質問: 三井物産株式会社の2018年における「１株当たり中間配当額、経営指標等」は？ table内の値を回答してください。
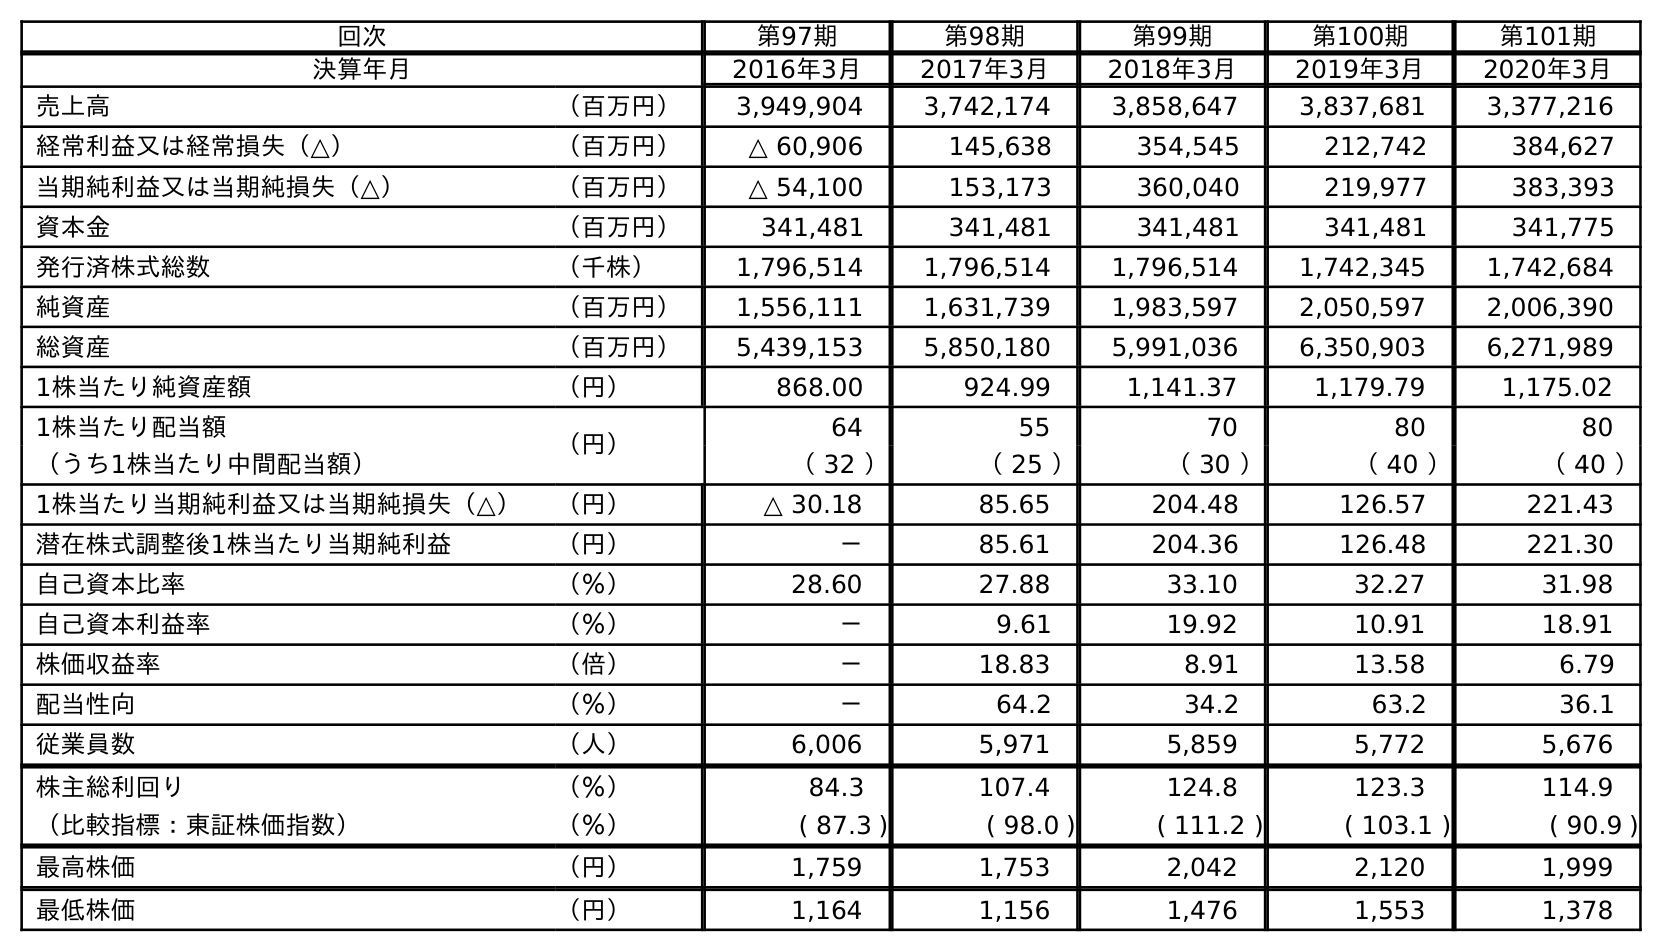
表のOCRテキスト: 回次 第97期 第98期 第99期 第100期 第101期 決算年月 2016年3月 2017年3月 2018年3月 2019年3月 2020年3月 売上高 （百万円） 3,949,904 3,742,174 3,858,647 3,837,681 3,377,216 経常利益又は経常損失（△） （百万円） △ 60,906 145,638 354,545 212,742 384,627 当期純利益又は当期純損失（△） （百万円） △ 54,100 153,173 360,040 219,977 383,393 資本金 （百万円） 341,481 341,481 341,481 341,481 341,775 発行済株式総数 （千株） 1,796,514 1,796,514 1,796,514 1,742,345 1,742,684 純資産 （百万円） 1,556,111 1,631,739 1,983,597 2,050,597 2,006,390 総資産 （百万円） 5,439,153 5,850,180 5,991,036 6,350,903 6,271,989 1株当たり純資産額 （円） 868.00 924.99 1,141.37 1,179.79 1,175.02 1株当たり配当額 （円） 64 55 70 80 80 （うち1株当たり中間配当額） （ 32 ） （ 25 ） （ 30 ） （ 40 ） （ 40 ） 1株当たり当期純利益又は当期純損失（△） （円） △ 30.18 85.65 204.48 126.57 221.43 潜在株式調整後1株当たり当期純利益 （円） － 85.61 204.36 126.48 221.30 自己資本比率 （％） 28.60 27.88 33.10 32.27 31.98 自己資本利益率 （％） － 9.61 19.92 10.91 18.91 株価収益率 （倍） － 18.83 8.91 13.58 6.79 配当性向 （％） － 64.2 34.2 63.2 36.1 従業員数 （人） 6,006 5,971 5,859 5,772 5,676 株主総利回り （％） 84.3 107.4 124.8 123.3 114.9 （比較指標：東証株価指数） （％） ( 87.3 ) ( 98.0 ) ( 111.2 ) ( 103.1 ) ( 90.9 ) 最高株価 （円） 1,759 1,753 2,042 2,120 1,999 最低株価 （円） 1,164 1,156 1,476 1,553 1,378
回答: （30）